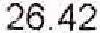
26.42